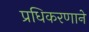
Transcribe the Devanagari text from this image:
प्रधिकरणाने